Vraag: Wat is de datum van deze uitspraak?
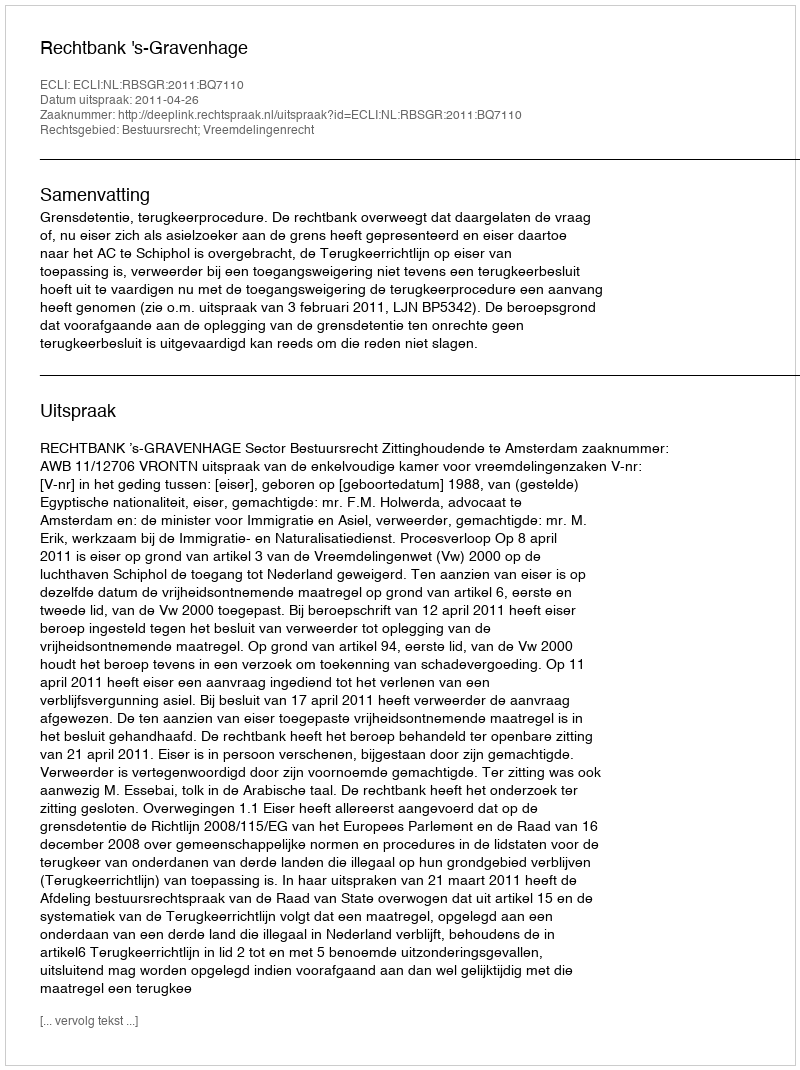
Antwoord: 2011-04-26